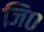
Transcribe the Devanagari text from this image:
जि०